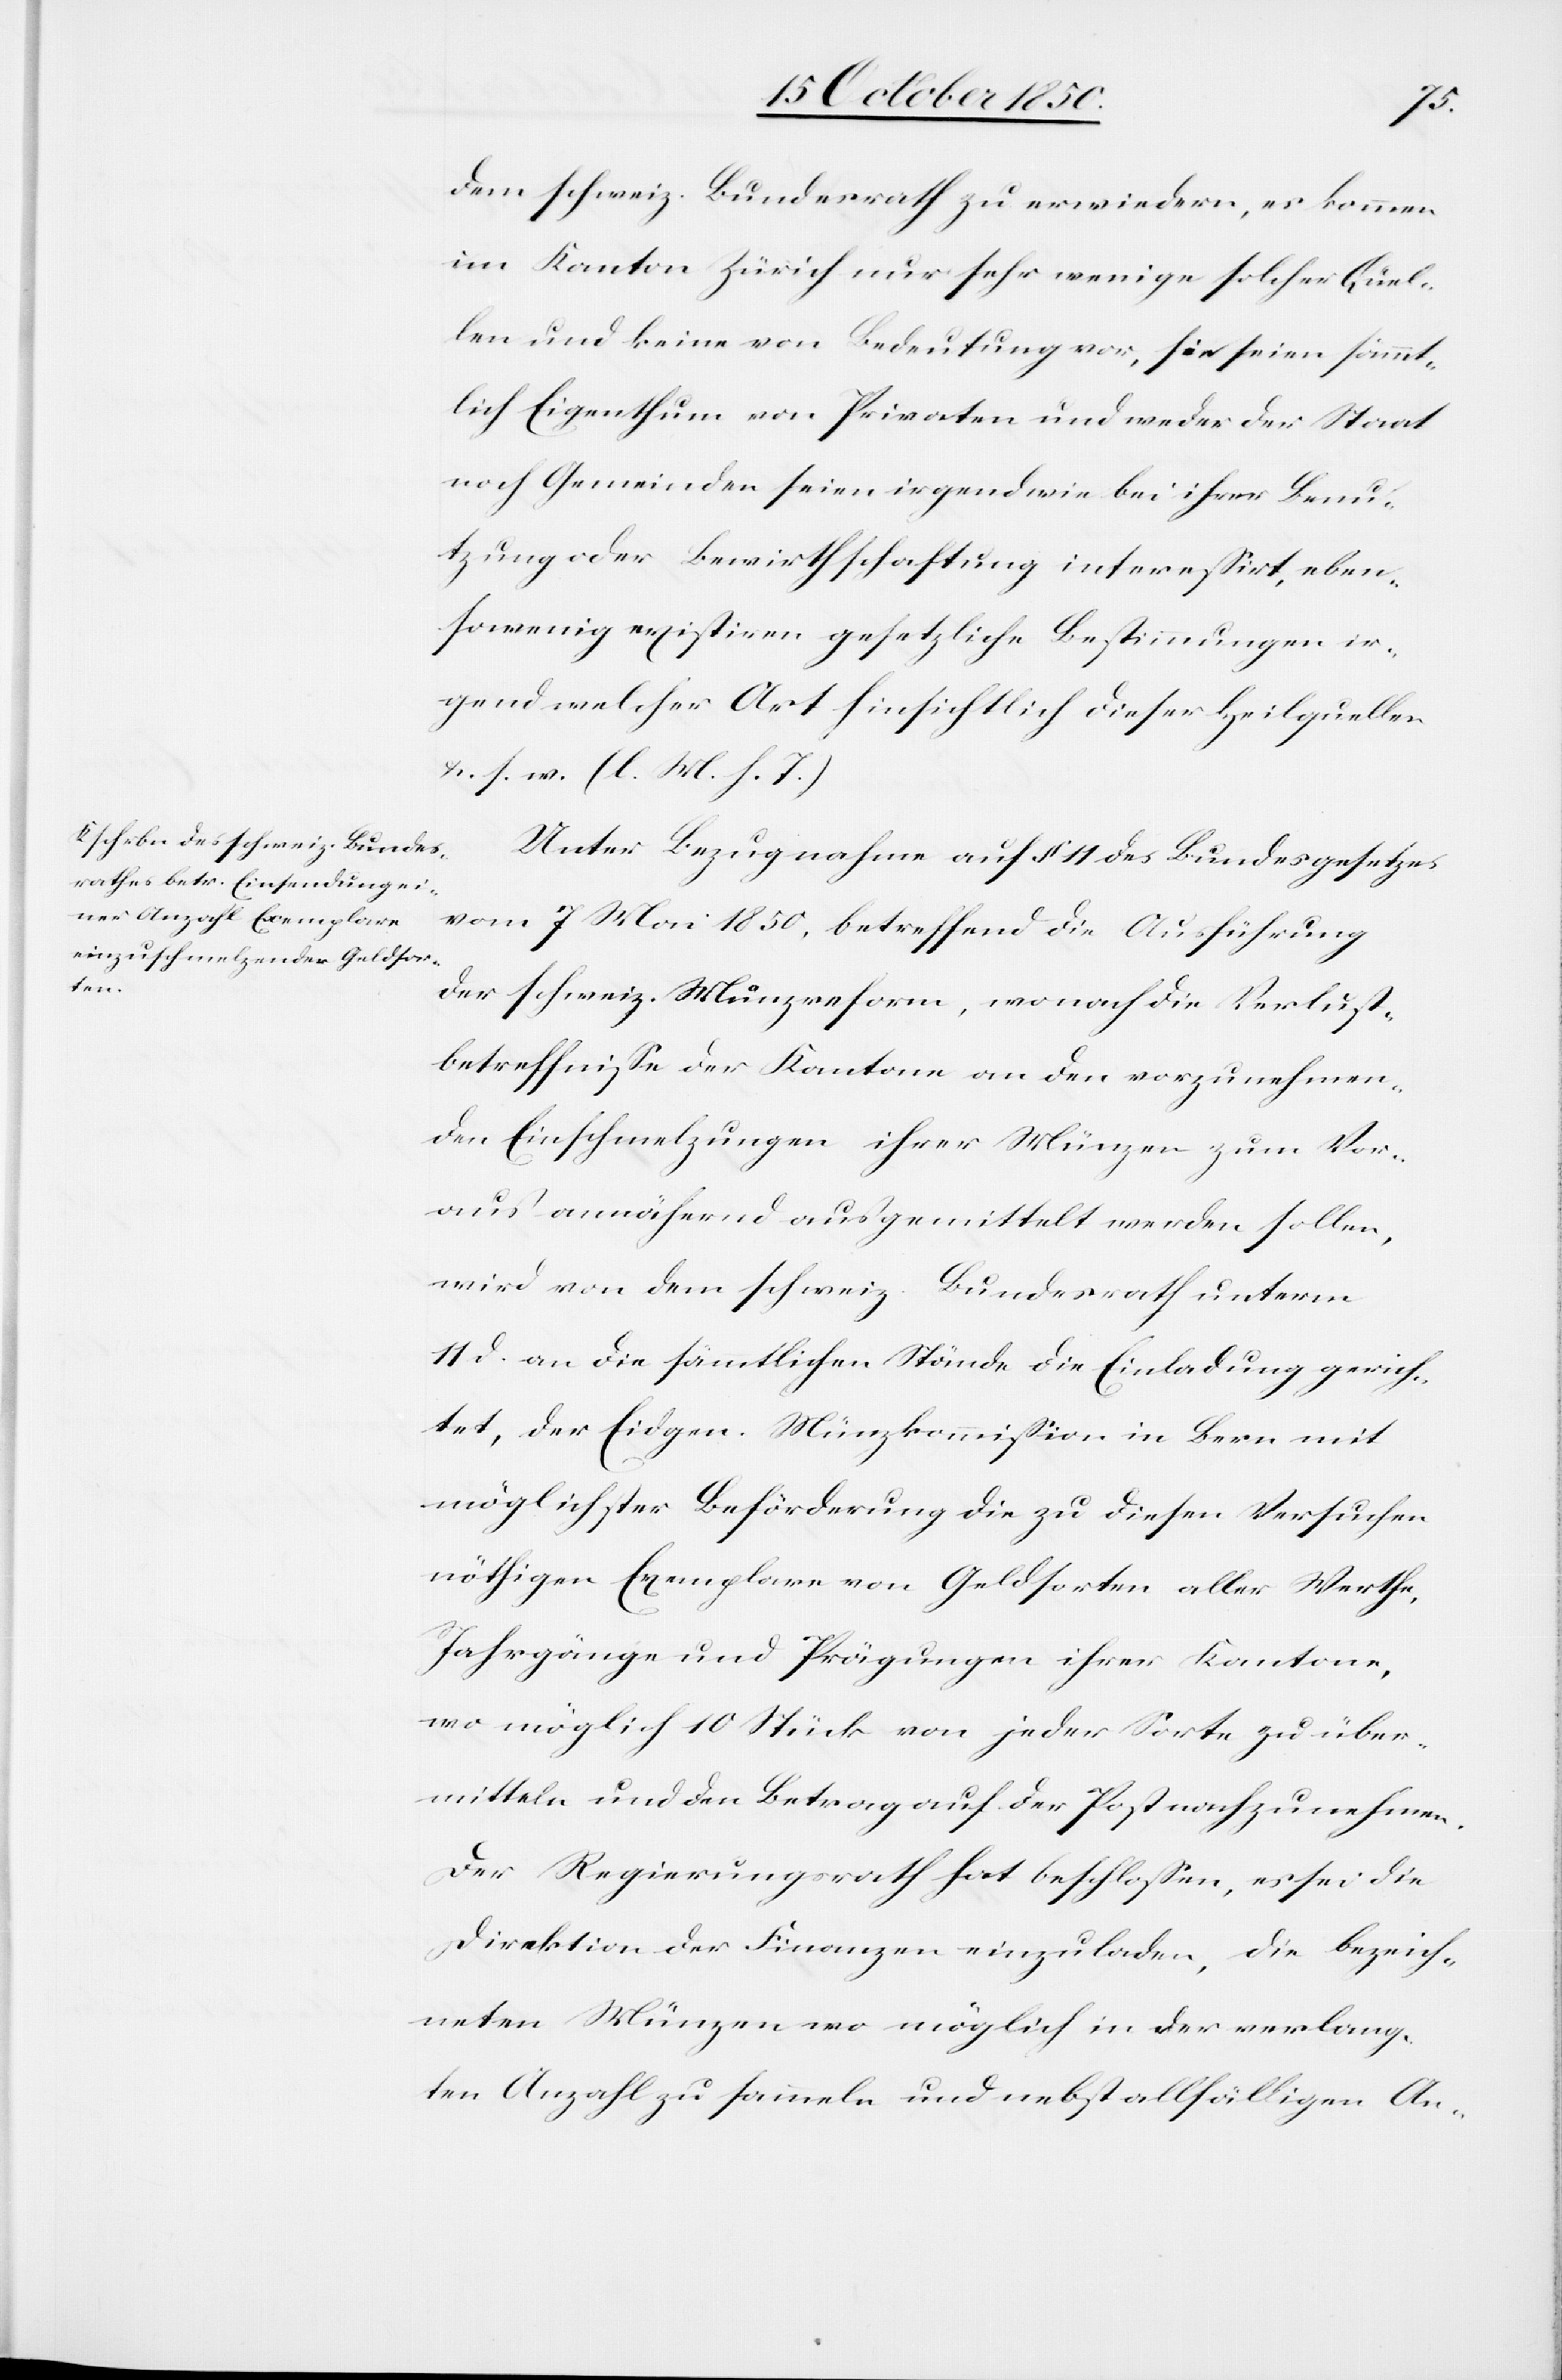
Dem schweiz. Bundesrath zu erwiedern, es kommen
im Kanton Zürich nur sehr wenige solcher Quel¬
len und keine von Bedeutung vor, sie seien sämmt¬
lich Eigenthum von Privaten und weder der Staat
noch Gemeinden seien irgendwie bei ihrer Benu¬
tzung oder Bewirthschaftung interessirt, eben¬
sowenig existiren gesetzliche Bestimmungen ir¬
gend welcher Art hinsichtlich dieser Heilquellen
&. s. w. (l. M. h. T.)
Unter Bezugnahme auf § 11 des Bundesgesetzes
vom 7 Mai 1850, betreffend die Ausführung
der schweiz. Münzreform, wonach die Verlust¬
betreffnisse der Kantone an den vorzunehmen¬
den Einschmelzungen ihrer Münzen zum Vor¬
aus annähernd ausgemittelt werden sollen,
wird von dem schweiz Bundesrath unterm
11 d. an die sämmtlichen Stände die Einladung gerich¬
tet, der Eidgen. Münzkommission in Bern mit
möglichster Beförderung die zu diesen Versuchen
nöthigen Exemplare von Geldsorten aller Werthe,
Jahrgänge und Prägungen ihrer Kantone,
wo möglich 10 Stück von jeder Sorte zu über¬
mitteln und den Betrag auf der Post nachzunehmen.
Der Regierungsrath hat beschlossen, es sei die
Direktion der Finanzen einzuladen, die bezeich¬
neten Münzen wo möglich in der verlang¬
ten Anzahl zu sammeln und nebst allfälligen An-